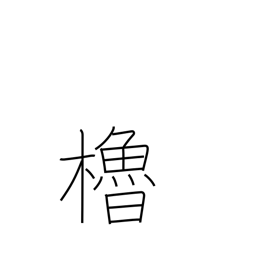
Meaning: oar